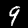
Label: 9